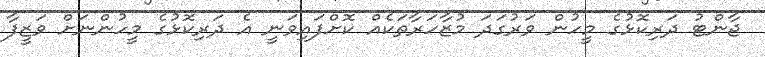
ޖާންޓު ދަރިކޮޅުގެ މީހުން ވަރުގަދަ މުޒާހަރާތަކެއް ކޮށްފައިވަނީ އެ ދަރިކޮޅުގެ މީހުންނަށް ވަޒީފާ